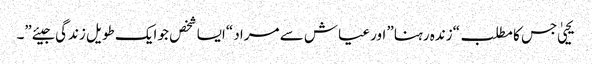
یحییٰ جس کا مطلب “زندہ رہنا” اور عیاش سے مراد “ایسا شخص جو ایک طویل زندگی جیئے”۔